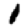
Digit: 1